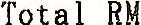
TOTAL RM